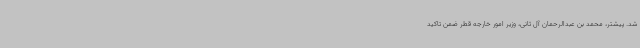
شد. پیشتر، محمد بن عبدالرحمان آل ثانی، وزیر امور خارجه قطر ضمن تاکید